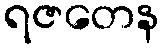
ရဇတေန